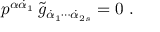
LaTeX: p ^ { \alpha \dot { \alpha } _ { 1 } } \, \tilde { g } _ { \dot { \alpha } _ { 1 } \cdots \dot { \alpha } _ { 2 s } } = 0 \ .